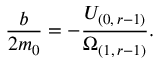
\frac { b } { 2 m _ { 0 } } = - \frac { U _ { ( 0 , \, r - 1 ) } } { \Omega _ { ( 1 , \, r - 1 ) } } .